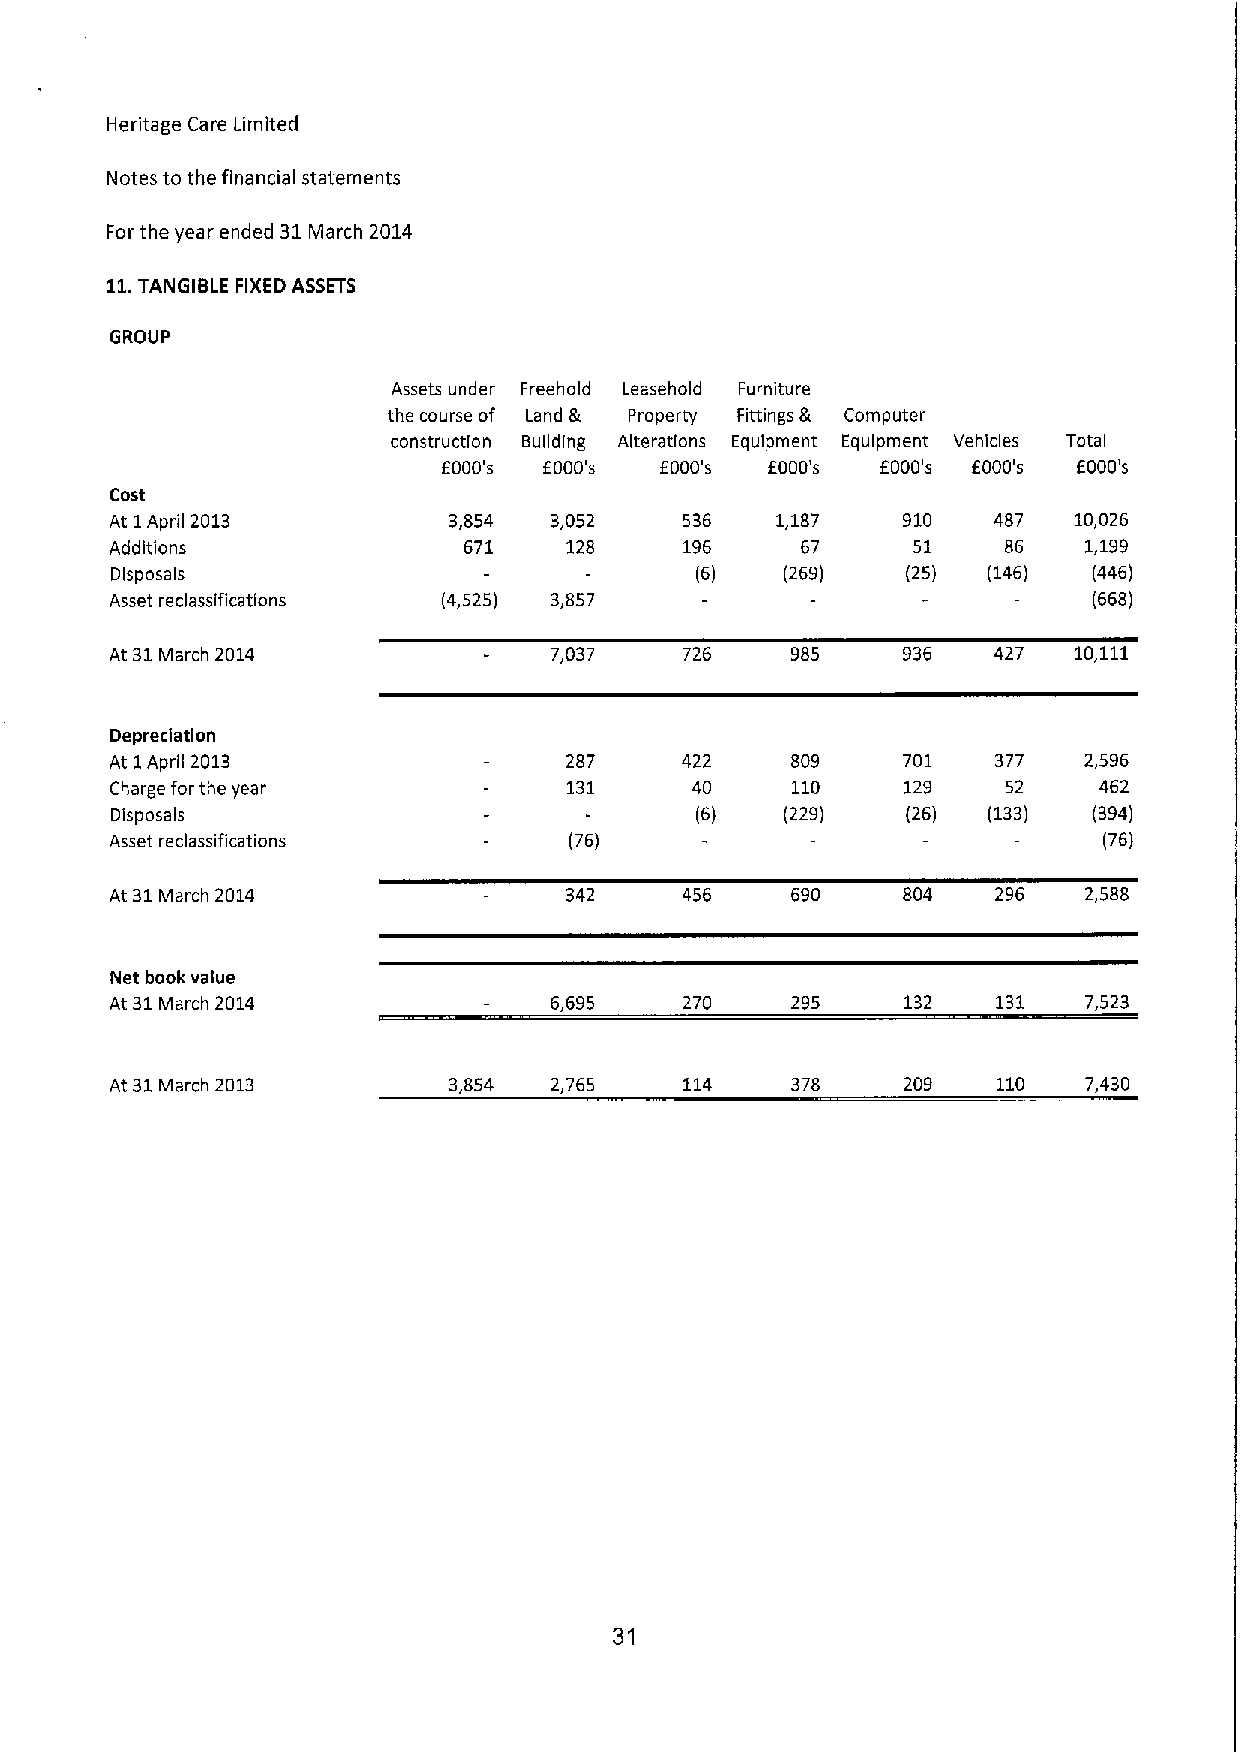
Heritage Care Limited
 Notes to the financial statements
 Forthe year ended 31March 2014
 11.TANGIBLE FIXEDASSETS
 GROUP
 Assets under Freehold Leasehold Furniture
 the course of Land &. Property Fittings & Computer
 construction Building Alterations Equipment Equipment Vehicles Tota I
 f000's f000's  f000's f000's f000's f000's 6000's
 Cost
 At 1April 2013         3,854 3,052    536   1,187    910   487  10,026
 Additions               671   128     196     67     51     86   1,199
 Dlsposals                              (6)   (269)   (25) (146)  (446)
 Asset reclassifications (4,525) 3,857                            (668)
 At 31March 2014              7,037    726    985     936   427  10,111
 Depreciation
 At 1April 2013                287     422    809     701   377   2,596
 Charge for the year            131     40    110     129    52    462
 Disposals                              (6)   (229)   (26) (133)  (394)
 Asset reclassifications        (76)                               (76)
 At 31March 2014               342     456    690     804   296   2,588
 Net book value
 At 31March 2014              6,695    270    295     132   131   7,523
 At 31March 2013        3,854 2,765    114    378     209   110   7,430
 31